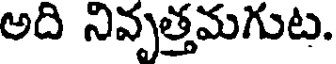
అది నివృత్తమగుట.